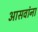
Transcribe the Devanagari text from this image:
आसवांना